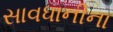
સાવધાનીના